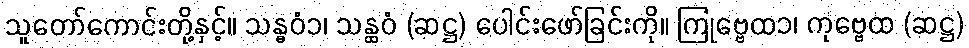
သူတော်ကောင်းတို့နှင့်။ သန္ဓဝံ၁၊ သန္ထဝံ (ဆဋ္ဌ) ပေါင်းဖော်ခြင်းကို။ ကြုဗ္ဗေထ၁၊ ကုဗ္ဗေထ (ဆဋ္ဌ)